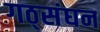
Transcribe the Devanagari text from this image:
गठ्संघन